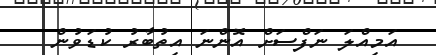
އަމިއްލަ ނަފްސަށް އޮންނަ އިތުބާރު ކުޑަވުން